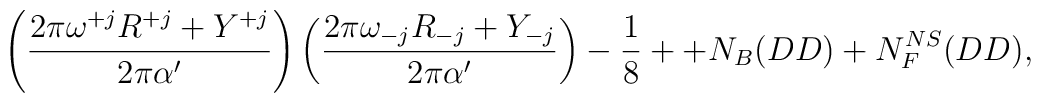
\left(\frac{2\pi\omega^{+j}R^{+j}         +         Y^{+j}}{2\pi\alpha'}\right)\left(\frac{2\pi\omega_{-j}               R_{-j}            +Y_{-j}}{2\pi\alpha'}\right)-\frac{1}{8} + +N_B(DD)+N_F^{NS}(DD),